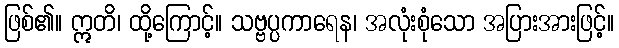
ဖြစ်၏။ ဣတိ၊ ထို့ကြောင့်။ သဗ္ဗပ္ပကာရေန၊ အလုံးစုံသော အပြားအားဖြင့်။